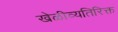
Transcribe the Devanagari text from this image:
खेळीव्यतिरिक्त